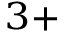
^ { 3 + }